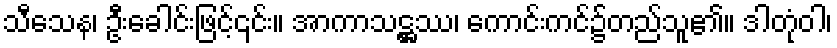
သီသေန၊ ဦးခေါင်းဖြင့်၎င်း။ အာကာသဋ္ဌဿ၊ ကောင်းကင်၌တည်သူ၏။ ဒါတုံဝါ၊